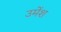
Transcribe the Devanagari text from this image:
उमेंश